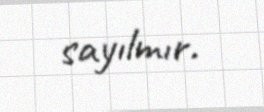
sayılmır.